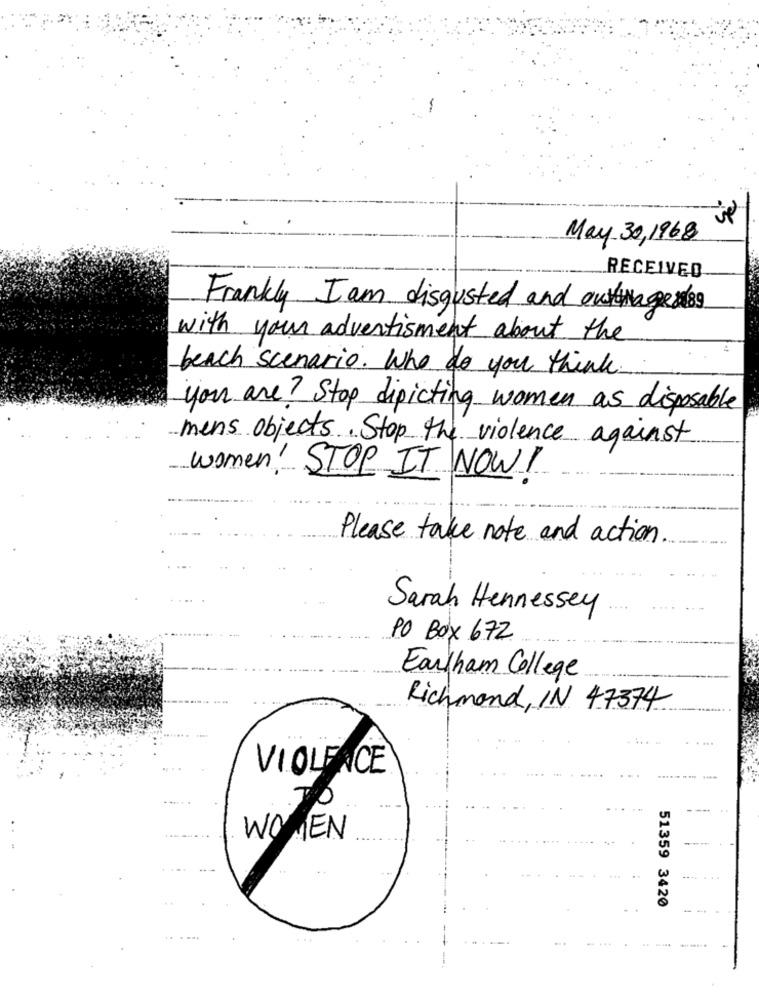
May 30,1968
RECEIVED
Frankly I am disgusted and outimage 189
with your advertisement about the
beach scenario. Who do you think
you are? Stop depicting women as disposable
mens objects. Stop the violence against
women! STOP IT NOW !
Please take note and action
Sarah Hennessey
PO BOX 672
Eartham College
Richmond, IN 47374
VIOLENCE
.......
WOMEN
51359 3420